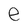
Character: e